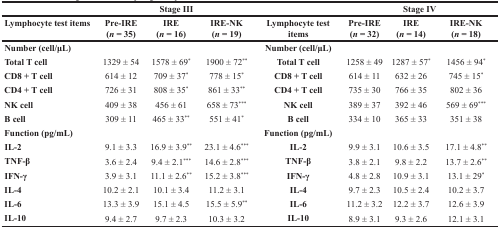
<table><thead><tr><td></td><td colspan="3"><b>Stage III</b></td><td></td><td colspan="3"><b>Stage IV</b></td></tr><tr><td><b>Lymphocyte test items</b></td><td><b>Pre-IRE (<i>n</i> = 35)</b></td><td><b>IRE (<i>n</i> = 16)</b></td><td><b>IRE-NK (<i>n</i> = 19)</b></td><td><b>Lymphocyte test items</b></td><td><b>Pre-IRE (<i>n</i> = 32)</b></td><td><b>IRE (<i>n</i> = 14)</b></td><td><b>IRE-NK (<i>n</i> = 18)</b></td></tr></thead><tbody><tr><td><b>Number (cell/μL)</b></td><td></td><td></td><td></td><td><b>Number (cell/μL)</b></td><td></td><td></td><td></td></tr><tr><td><b>Total T cell</b></td><td>1329 ± 54</td><td>1578 ± 69<sup>*</sup></td><td>1900 ± 72<sup>**</sup></td><td><b>Total T cell</b></td><td>1258 ± 49</td><td>1287 ± 57<sup>*</sup></td><td>1456 ± 94<sup>*</sup></td></tr><tr><td><b>CD8 + T cell</b></td><td>614 ± 12</td><td>709 ± 37<sup>*</sup></td><td>778 ± 15<sup>*</sup></td><td><b>CD8 + T cell</b></td><td>614 ± 11</td><td>632 ± 26</td><td>745 ± 15<sup>*</sup></td></tr><tr><td><b>CD4 + T cell</b></td><td>726 ± 31</td><td>808 ± 35<sup>*</sup></td><td>861 ± 33<sup>**</sup></td><td><b>CD4 + T cell</b></td><td>735 ± 30</td><td>766 ± 35</td><td>802 ± 36</td></tr><tr><td><b>NK cell</b></td><td>409 ± 38</td><td>456 ± 61</td><td>658 ± 73<sup>***</sup></td><td><b>NK cell</b></td><td>389 ± 37</td><td>392 ± 46</td><td>569 ± 69<sup>***</sup></td></tr><tr><td><b>B cell</b></td><td>309 ± 11</td><td>465 ± 33<sup>**</sup></td><td>551 ± 41<sup>*</sup></td><td><b>B cell</b></td><td>334 ± 10</td><td>365 ± 33</td><td>351 ± 38</td></tr><tr><td><b>Function (pg/mL)</b></td><td></td><td></td><td></td><td><b>Function (pg/mL)</b></td><td></td><td></td><td></td></tr><tr><td><b>IL-2</b></td><td>9.1 ± 3.3</td><td>16.9 ± 3.9<sup>**</sup></td><td>23.1 ± 4.6<sup>***</sup></td><td><b>IL-2</b></td><td>9.9 ± 3.1</td><td>10.6 ± 3.5</td><td>17.1 ± 4.8<sup>**</sup></td></tr><tr><td><b>TNF-β</b></td><td>3.6 ± 2.4</td><td>9.4 ± 2.1<sup>***</sup></td><td>14.6 ± 2.8<sup>***</sup></td><td><b>TNF-β</b></td><td>3.8 ± 2.1</td><td>9.8 ± 2.2</td><td>13.7 ± 2.6<sup>**</sup></td></tr><tr><td><b>IFN-γ</b></td><td>3.9 ± 3.1</td><td>11.1 ± 2.6<sup>**</sup></td><td>15.2 ± 3.8<sup>***</sup></td><td><b>IFN-γ</b></td><td>4.8 ± 2.8</td><td>10.9 ± 3.1</td><td>13.1 ± 29<sup>*</sup></td></tr><tr><td><b>IL-4</b></td><td>10.2 ± 2.1</td><td>10.1 ± 3.4</td><td>11.2 ± 3.1</td><td><b>IL-4</b></td><td>9.7 ± 2.3</td><td>10.5 ± 2.4</td><td>10.2 ± 3.7</td></tr><tr><td><b>IL-6</b></td><td>13.3 ± 3.9</td><td>15.1 ± 4.5</td><td>15.5 ± 5.9<sup>**</sup></td><td><b>IL-6</b></td><td>11.2 ± 3.2</td><td>12.2 ± 3.7</td><td>12.6 ± 3.9</td></tr><tr><td><b>IL-10</b></td><td>9.4 ± 2.7</td><td>9.7 ± 2.3</td><td>10.3 ± 3.2</td><td><b>IL-10</b></td><td>8.9 ± 3.1</td><td>9.3 ± 2.6</td><td>12.1 ± 3.1</td></tr></tbody></table>